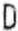
D